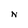
Character: N